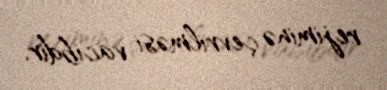
rejiminə çevrilməsi vacibdir.